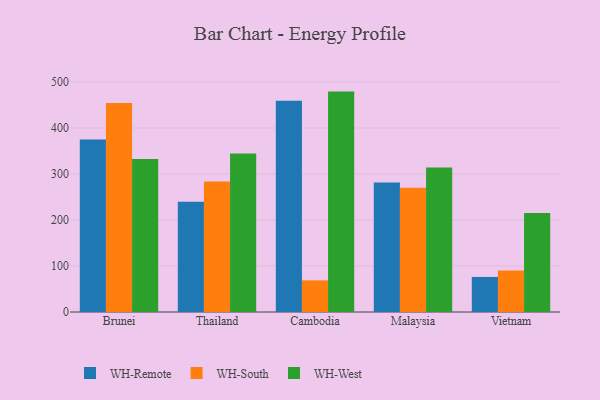
{"axis": {"x": "Country", "y": "LTV (USD)"}, "legend": ["WH-Remote", "WH-South", "WH-West"], "data": [{"x": "Brunei", "y": 374.8, "type": "WH-Remote"}, {"x": "Brunei", "y": 454.2, "type": "WH-South"}, {"x": "Brunei", "y": 332.5, "type": "WH-West"}, {"x": "Thailand", "y": 239.9, "type": "WH-Remote"}, {"x": "Thailand", "y": 283.7, "type": "WH-South"}, {"x": "Thailand", "y": 344.6, "type": "WH-West"}, {"x": "Cambodia", "y": 459.1, "type": "WH-Remote"}, {"x": "Cambodia", "y": 68.8, "type": "WH-South"}, {"x": "Cambodia", "y": 479.1, "type": "WH-West"}, {"x": "Malaysia", "y": 281.4, "type": "WH-Remote"}, {"x": "Malaysia", "y": 270.2, "type": "WH-South"}, {"x": "Malaysia", "y": 314.2, "type": "WH-West"}, {"x": "Vietnam", "y": 76.2, "type": "WH-Remote"}, {"x": "Vietnam", "y": 90.1, "type": "WH-South"}, {"x": "Vietnam", "y": 215.1, "type": "WH-West"}]}